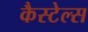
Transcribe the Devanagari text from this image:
कैस्टेल्स